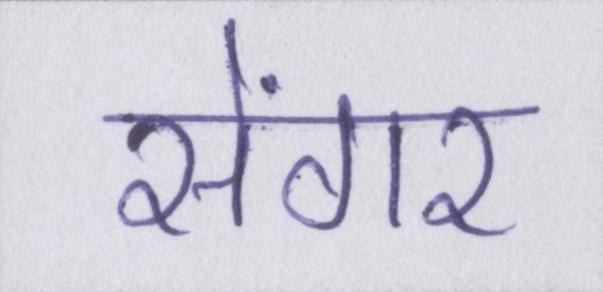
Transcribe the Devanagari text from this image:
सेंगर